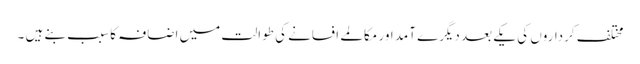
مختلف کرداروں کی یکے بعد دیگرے آمد اور مکالمے افسانے کی طوالت میں اضافہ کا سبب بنے ہیں ۔